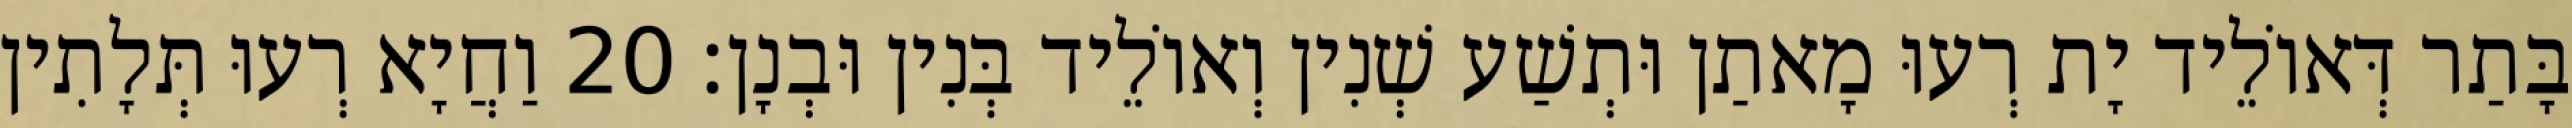
בָּתַר דְּאוֹלֵיד יָת רְעוּ מָאתַן וּתְשַׁע שְׁנִין וְאוֹלֵיד בְּנִין וּבְנָן׃ 20 וַחֲיָא רְעוּ תְּלָתִין